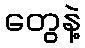
တွေနဲ့